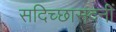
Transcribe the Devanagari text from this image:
सदिच्छासदनीं